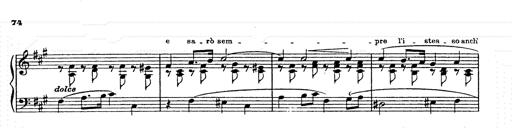
Title: AnnÃ©es de pÃ¨lerinage II
Composer: Franz Liszt